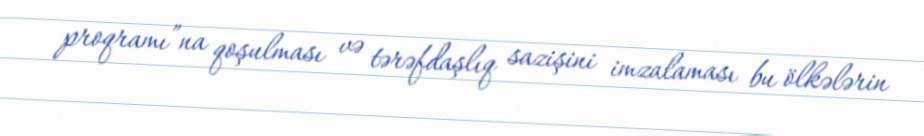
proqramı”na qoşulması və tərəfdaşlıq sazişini imzalaması bu ölkələrin